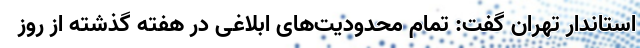
استاندار تهران گفت: تمام محدودیت‌های ابلاغی در هفته گذشته از روز